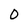
Character: O